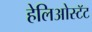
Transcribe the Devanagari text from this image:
हेलिओस्टॅट